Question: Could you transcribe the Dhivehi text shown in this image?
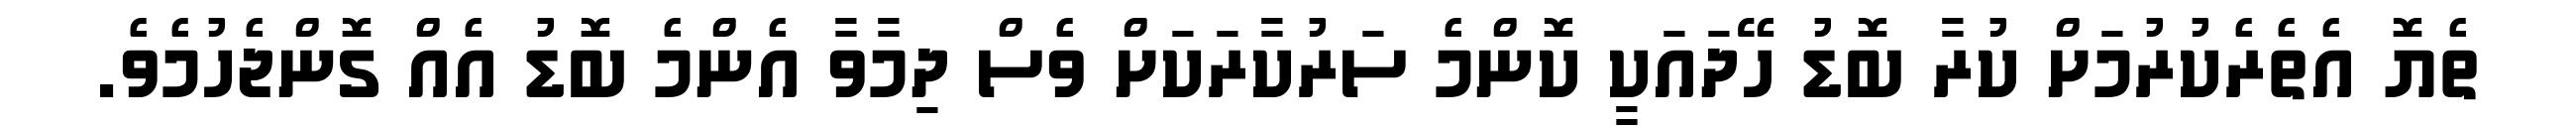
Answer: ތެޔޮ އެތެރެކުރުމަށް ކުރާ ބޮޑު ހޭދައަކީ ކޮންމެ ސަރުކާރަކަށް ވެސް ދިމާވާ އެންމެ ބޮޑު އެއް ގޮންޖެހުމެވެ.